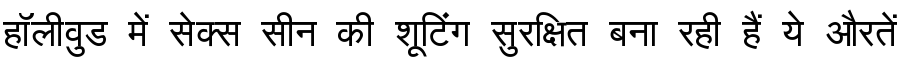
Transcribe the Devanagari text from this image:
हॉलीवुड में सेक्स सीन की शूटिंग सुरक्षित बना रही हैं ये औरतें